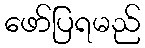
ဖော်ပြရမည်